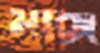
মাক্স